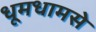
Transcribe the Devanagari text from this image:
धूमधामसे